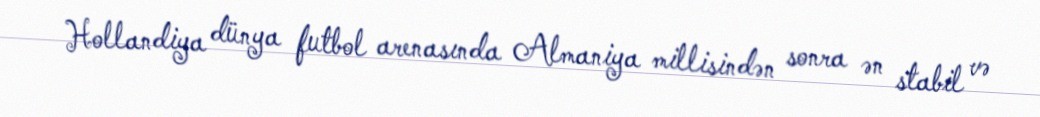
Hollandiya dünya futbol arenasında Almaniya millisindən sonra ən stabil və